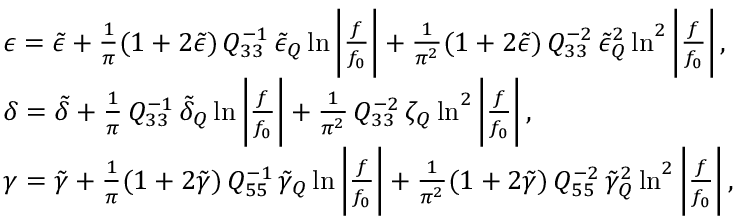
\begin{array} { r l } & { \epsilon = \tilde { \epsilon } + \frac { 1 } { \pi } ( 1 + 2 \tilde { \epsilon } ) \, Q _ { 3 3 } ^ { - 1 } \, \tilde { \epsilon } _ { Q } \ln { \bigg | \frac { f } { f _ { 0 } } \bigg | } + \frac { 1 } { \pi ^ { 2 } } ( 1 + 2 \tilde { \epsilon } ) \, Q _ { 3 3 } ^ { - 2 } \, \tilde { \epsilon } _ { Q } ^ { 2 } \ln ^ { 2 } { \bigg | \frac { f } { f _ { 0 } } \bigg | } \, , } \\ & { \delta = \tilde { \delta } + \frac { 1 } { \pi } \, Q _ { 3 3 } ^ { - 1 } \, \tilde { \delta } _ { Q } \ln { \bigg | \frac { f } { f _ { 0 } } \bigg | } + \frac { 1 } { \pi ^ { 2 } } \, Q _ { 3 3 } ^ { - 2 } \, \zeta _ { Q } \ln ^ { 2 } { \bigg | \frac { f } { f _ { 0 } } \bigg | } \, , } \\ & { \gamma = \tilde { \gamma } + \frac { 1 } { \pi } ( 1 + 2 \tilde { \gamma } ) \, Q _ { 5 5 } ^ { - 1 } \, \tilde { \gamma } _ { Q } \ln { \bigg | \frac { f } { f _ { 0 } } \bigg | } + \frac { 1 } { \pi ^ { 2 } } ( 1 + 2 \tilde { \gamma } ) \, Q _ { 5 5 } ^ { - 2 } \, \tilde { \gamma } _ { Q } ^ { 2 } \ln ^ { 2 } { \bigg | \frac { f } { f _ { 0 } } \bigg | } \, , } \end{array}